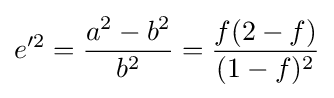
e'^{2}={\frac {a^{2}-b^{2}}{b^{2}}}={\frac {f(2-f)}{(1-f)^{2}}}